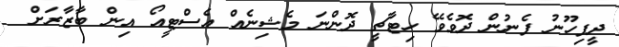
ދީފިހޫނު ފެނުން ދޮވެވޭ ހިޓާޗީ ދޮންނަ މެޝިނެއް އެސްޓީއޯ އިން ބާޒާރަށް